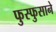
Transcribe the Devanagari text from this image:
फुस्फुसाने